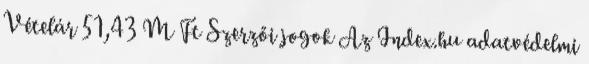
Vételár 51,43 M Ft Szerzői jogok Az Index.hu adatvédelmi